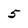
Character: 5